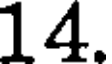
14.